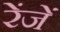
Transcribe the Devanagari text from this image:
रेंजें